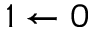
{ 1 \leftarrow 0 }